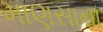
માણસાના